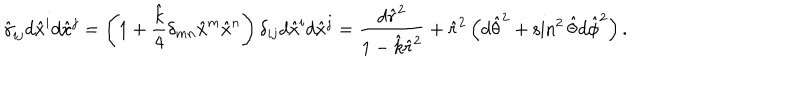
LaTeX: \hat { \gamma } _ { i j } d \hat { x } ^ { i } d \hat { x } ^ { j } = \left( 1 + { \frac { \hat { k } } { 4 } } \delta _ { m n } \hat { x } ^ { m } \hat { x } ^ { n } \right) \delta _ { i j } d \hat { x } ^ { i } d \hat { x } ^ { j } = { \frac { d \hat { r } ^ { 2 } } { 1 - \hat { k } \hat { r } ^ { 2 } } } + \hat { r } ^ { 2 } \left( d \hat { \theta } ^ { 2 } + \sin ^ { 2 } \hat { \theta } d \hat { \phi } ^ { 2 } \right) .